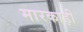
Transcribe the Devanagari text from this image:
मारकाड़ी